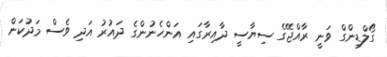
ގޯލްޑިންގް ވަނީ ރާއްޖޭގެ ސިޔާސީ ދާއިރާގައި އަންހެނުންގެ ދައުރު އަދި ވެސް މަދުކަން